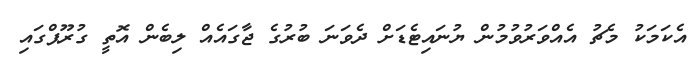
އެކަމަކު މެޗު އެއްވަރުވުމުން ޔުނައިޓެޑަށް ދެވަނަ ބުރުގެ ޖާގައެއް ލިބެން އޮތީ ގުރޫޕްގައި